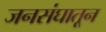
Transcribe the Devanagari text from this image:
जनसंघातून